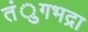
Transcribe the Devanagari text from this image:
तंुगभद्रा